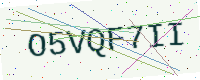
Text: O5VQF7II